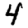
Digit: 4